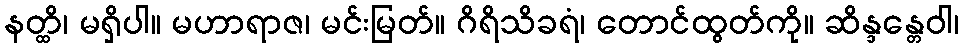
နတ္ထိ၊ မရှိပါ။ မဟာရာဇ၊ မင်းမြတ်။ ဂိရိသိခရံ၊ တောင်ထွတ်ကို။ ဆိန္ဒန္တေဝါ၊